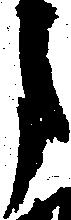
月